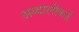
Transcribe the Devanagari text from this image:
अब्दालीकडे